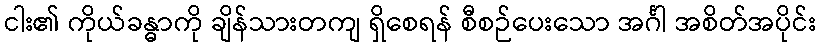
ငါး၏ ကိုယ်ခန္ဓာကို ချိန်သားတကျ ရှိစေရန် စီစဉ်ပေးသော အင်္ဂါ အစိတ်အပိုင်း